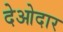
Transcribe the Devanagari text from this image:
देओदार